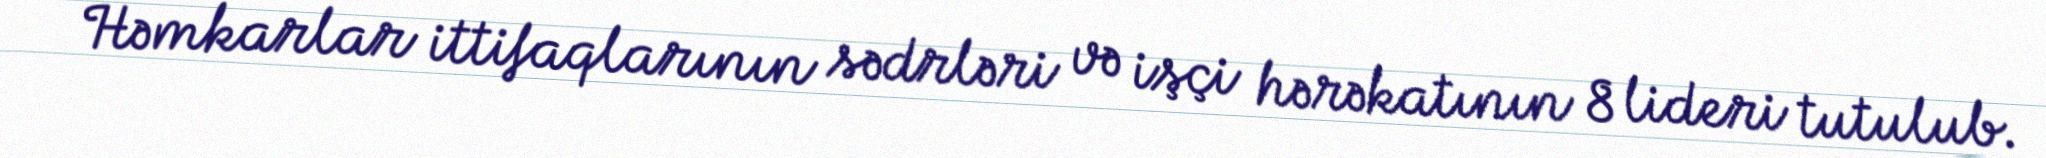
Həmkarlar ittifaqlarının sədrləri və işçi hərəkatının 8 lideri tutulub.